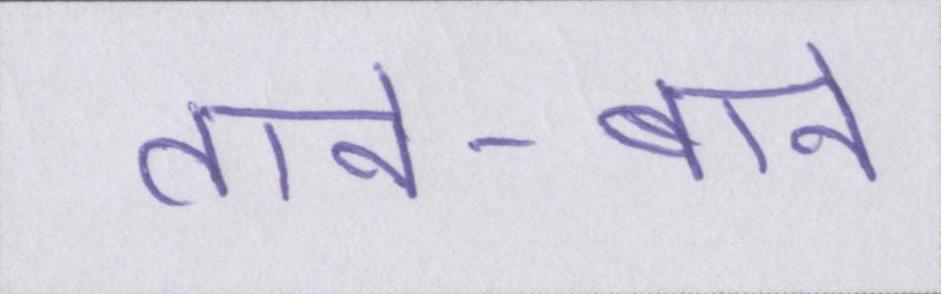
ताने-बाने